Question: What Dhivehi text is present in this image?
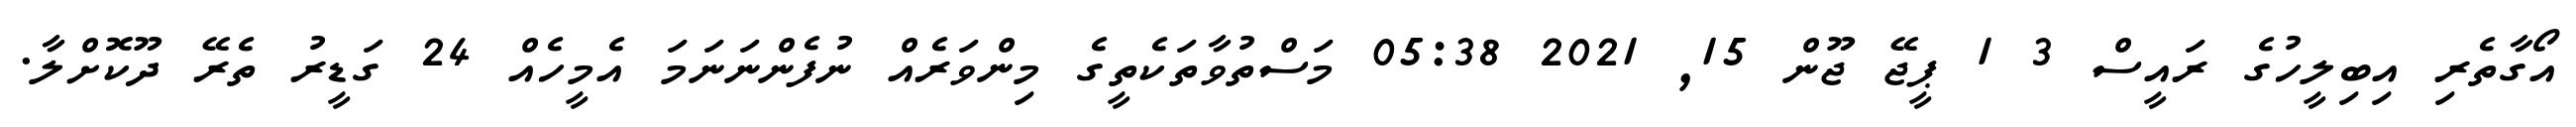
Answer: އޯގާތެރި އިބިލީހުގެ ރައީސް 3 1 ޕީޖޭ ޖޫން 15, 2021 05:38 މަސްތުވާތަކެތީގެ މިންވަރެއް ނުފެންނަނަމަ އެމީހެއް 24 ގަޑީރު ތެރޭ ދޫކޮށްލާ.